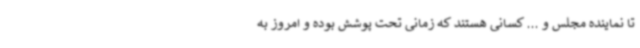
تا نماینده مجلس و ... کسانی هستند که زمانی تحت پوشش بوده و امروز به